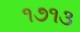
૧૭૧૩